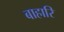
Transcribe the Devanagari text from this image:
बाहारि